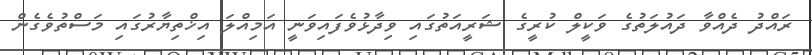
ރައްދު ދެއްވާ ދައުލަތުގެ ވަކީލް ކުރީގެ ޝަރީއަތުގައި ވިދާޅުވެފައިވަނީ އަމިއްލަ އިޚްތިޔާރުގައި މަސްތުވެގެން